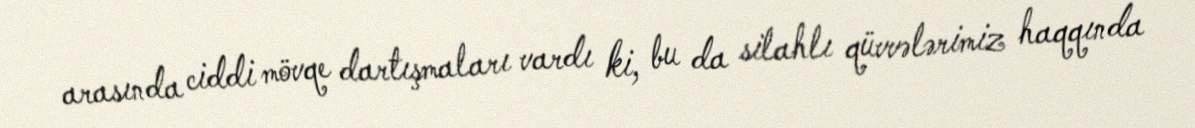
arasında ciddi mövqe dartışmaları vardı ki, bu da silahlı qüvvələrimiz haqqında